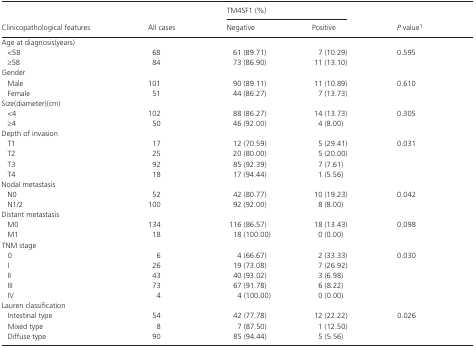
<table><thead><tr><td rowspan="2"><b>Clinicopathological features</b></td><td rowspan="2"><b>All cases</b></td><td colspan="2"><b>TM4SF1 (%)</b></td><td rowspan="2"><b><i>P</i> valuea</b></td></tr><tr><td><b>Negative</b></td><td><b>Positive</b></td></tr></thead><tbody><tr><td colspan="5">Age at diagnosis(years)</td></tr><tr><td>&lt;58</td><td>68</td><td>61 (89.71)</td><td>7 (10.29)</td><td rowspan="2">0.595</td></tr><tr><td>≥58</td><td>84</td><td>73 (86.90)</td><td>11 (13.10)</td></tr><tr><td colspan="5">Gender</td></tr><tr><td>Male</td><td>101</td><td>90 (89.11)</td><td>11 (10.89)</td><td rowspan="2">0.610</td></tr><tr><td>Female</td><td>51</td><td>44 (86.27)</td><td>7 (13.73)</td></tr><tr><td colspan="5">Size(diameter)(cm)</td></tr><tr><td>&lt;4</td><td>102</td><td>88 (86.27)</td><td>14 (13.73)</td><td rowspan="2">0.305</td></tr><tr><td>≥4</td><td>50</td><td>46 (92.00)</td><td>4 (8.00)</td></tr><tr><td colspan="5">Depth of invasion</td></tr><tr><td>T1</td><td>17</td><td>12 (70.59)</td><td>5 (29.41)</td><td rowspan="4">0.031</td></tr><tr><td>T2</td><td>25</td><td>20 (80.00)</td><td>5 (20.00)</td></tr><tr><td>T3</td><td>92</td><td>85 (92.39)</td><td>7 (7.61)</td></tr><tr><td>T4</td><td>18</td><td>17 (94.44)</td><td>1 (5.56)</td></tr><tr><td colspan="5">Nodal metastasis</td></tr><tr><td>N0</td><td>52</td><td>42 (80.77)</td><td>10 (19.23)</td><td rowspan="2">0.042</td></tr><tr><td>N1/2</td><td>100</td><td>92 (92.00)</td><td>8 (8.00)</td></tr><tr><td colspan="5">Distant metastasis</td></tr><tr><td>M0</td><td>134</td><td>116 (86.57)</td><td>18 (13.43)</td><td rowspan="2">0.098</td></tr><tr><td>M1</td><td>18</td><td>18 (100.00)</td><td>0 (0.00)</td></tr><tr><td colspan="5">TNM stage</td></tr><tr><td>0</td><td>6</td><td>4 (66.67)</td><td>2 (33.33)</td><td rowspan="5">0.030</td></tr><tr><td>I</td><td>26</td><td>19 (73.08)</td><td>7 (26.92)</td></tr><tr><td>II</td><td>43</td><td>40 (93.02)</td><td>3 (6.98)</td></tr><tr><td>III</td><td>73</td><td>67 (91.78)</td><td>6 (8.22)</td></tr><tr><td>IV</td><td>4</td><td>4 (100.00)</td><td>0 (0.00)</td></tr><tr><td colspan="5">Lauren classification</td></tr><tr><td>Intestinal type</td><td>54</td><td>42 (77.78)</td><td>12 (22.22)</td><td rowspan="3">0.026</td></tr><tr><td>Mixed type </td><td>8</td><td>7 (87.50)</td><td>1 (12.50)</td></tr><tr><td>Diffuse type</td><td>90</td><td>85 (94.44)</td><td>5 (5.56)</td></tr></tbody></table>